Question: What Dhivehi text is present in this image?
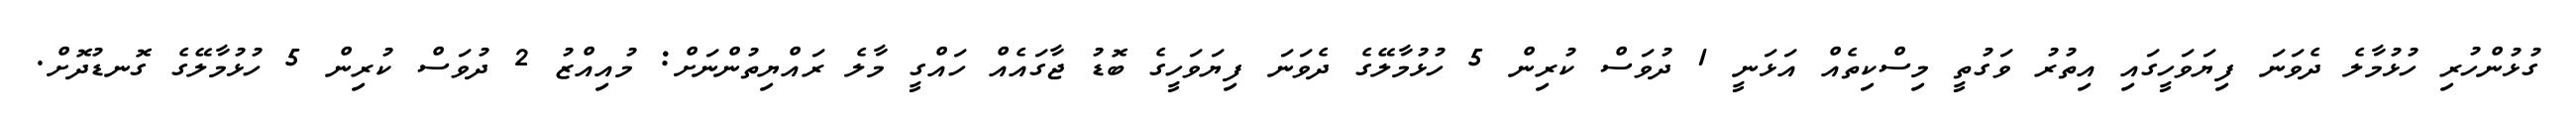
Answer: ގުޅުންހުރި ހުޅުމާލެ ދެވަނަ ފިޔަވަހީގައި އިތުރު ވަގުތީ މިސްކިތެއް އަޅަނީ 1 ދުވަސް ކުރިން 5 ހުޅުމާލޭގެ ދެވަނަ ފިޔަވަހީގެ ބޮޑު ޖާގައެއް ހައްގީ މާލެ ރައްޔިތުންނަށް: މުއިއްޒު 2 ދުވަސް ކުރިން 5 ހުޅުމާލޭގެ ގޮނޑުދޮށް.